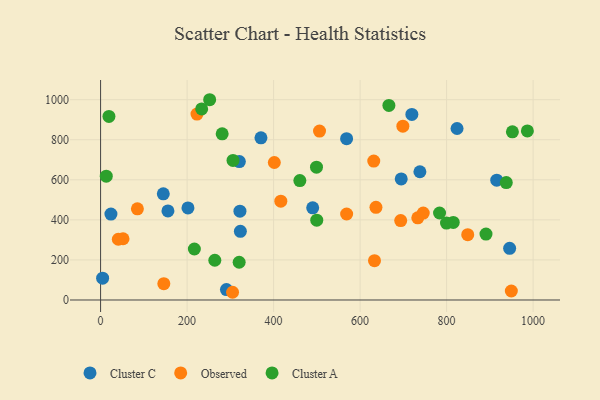
{"axis": {"x": "Engine Size", "y": "Rating"}, "legend": ["Cluster A", "Cluster C", "Observed"], "data": [{"x": "145.0", "y": 530.0, "type": "Cluster C"}, {"x": "945.8", "y": 257.7, "type": "Cluster C"}, {"x": "824.2", "y": 856.2, "type": "Cluster C"}, {"x": "738.3", "y": 640.2, "type": "Cluster C"}, {"x": "202.0", "y": 459.7, "type": "Cluster C"}, {"x": "370.8", "y": 809.7, "type": "Cluster C"}, {"x": "490.4", "y": 460.0, "type": "Cluster C"}, {"x": "4.7", "y": 109.0, "type": "Cluster C"}, {"x": "320.8", "y": 690.8, "type": "Cluster C"}, {"x": "695.1", "y": 604.4, "type": "Cluster C"}, {"x": "23.9", "y": 428.7, "type": "Cluster C"}, {"x": "291.0", "y": 51.8, "type": "Cluster C"}, {"x": "155.7", "y": 444.4, "type": "Cluster C"}, {"x": "323.2", "y": 342.6, "type": "Cluster C"}, {"x": "916.0", "y": 598.3, "type": "Cluster C"}, {"x": "322.2", "y": 443.2, "type": "Cluster C"}, {"x": "568.8", "y": 805.5, "type": "Cluster C"}, {"x": "719.7", "y": 926.4, "type": "Cluster C"}, {"x": "416.7", "y": 493.3, "type": "Observed"}, {"x": "51.9", "y": 305.6, "type": "Observed"}, {"x": "636.7", "y": 462.8, "type": "Observed"}, {"x": "698.9", "y": 867.6, "type": "Observed"}, {"x": "305.1", "y": 38.5, "type": "Observed"}, {"x": "949.7", "y": 44.8, "type": "Observed"}, {"x": "733.4", "y": 410.4, "type": "Observed"}, {"x": "746.0", "y": 433.9, "type": "Observed"}, {"x": "631.6", "y": 693.7, "type": "Observed"}, {"x": "41.0", "y": 303.2, "type": "Observed"}, {"x": "633.3", "y": 196.2, "type": "Observed"}, {"x": "693.9", "y": 396.6, "type": "Observed"}, {"x": "568.9", "y": 429.4, "type": "Observed"}, {"x": "401.7", "y": 686.3, "type": "Observed"}, {"x": "848.9", "y": 326.0, "type": "Observed"}, {"x": "85.1", "y": 455.2, "type": "Observed"}, {"x": "222.9", "y": 928.0, "type": "Observed"}, {"x": "506.2", "y": 843.4, "type": "Observed"}, {"x": "146.2", "y": 81.2, "type": "Observed"}, {"x": "281.1", "y": 829.6, "type": "Cluster A"}, {"x": "938.0", "y": 586.1, "type": "Cluster A"}, {"x": "499.8", "y": 398.6, "type": "Cluster A"}, {"x": "891.1", "y": 329.0, "type": "Cluster A"}, {"x": "19.3", "y": 916.5, "type": "Cluster A"}, {"x": "986.8", "y": 844.1, "type": "Cluster A"}, {"x": "783.7", "y": 434.4, "type": "Cluster A"}, {"x": "952.2", "y": 839.7, "type": "Cluster A"}, {"x": "216.8", "y": 254.5, "type": "Cluster A"}, {"x": "306.2", "y": 696.6, "type": "Cluster A"}, {"x": "320.4", "y": 188.5, "type": "Cluster A"}, {"x": "499.2", "y": 663.3, "type": "Cluster A"}, {"x": "264.1", "y": 198.3, "type": "Cluster A"}, {"x": "13.1", "y": 617.9, "type": "Cluster A"}, {"x": "460.7", "y": 596.3, "type": "Cluster A"}, {"x": "815.4", "y": 387.0, "type": "Cluster A"}, {"x": "799.8", "y": 384.2, "type": "Cluster A"}, {"x": "233.7", "y": 954.1, "type": "Cluster A"}, {"x": "666.6", "y": 971.5, "type": "Cluster A"}, {"x": "252.2", "y": 999.8, "type": "Cluster A"}]}